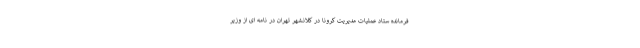
فرمانده ستاد عملیات مدیریت کرونا در کلانشهر تهران در نامه ای از وزیر